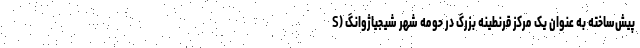
پیش‌ساخته به عنوان یک مرکز قرنطینه بزرگ در حومه شهر شیجیاژوانگ (S